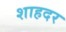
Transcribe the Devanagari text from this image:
शाहदर